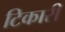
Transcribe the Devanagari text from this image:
टिकारी